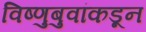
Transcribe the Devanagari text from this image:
विष्णुबुवांकडून